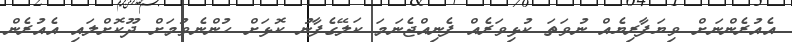
އެއުރެންނަށް ވިޔަފާރިޔެއް ނުވަތަ ކުޅިވަރެއް ފެނިއްޖެނަމަ ކަލޭގެފާނު ކޮޅަށް ހުންނެވުމަށް ދޫކޮށްލައި އެއުރެން